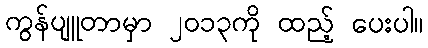
ကွန်ပျူတာမှာ ၂၀၁၃ကို ထည့် ပေးပါ။